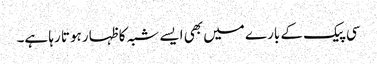
سی پیک کے بارے میں بھی ایسے شبہ کا ظہار ہوتا رہا ہے۔